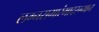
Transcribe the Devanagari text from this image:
लग्नसमारंभादरम्यान